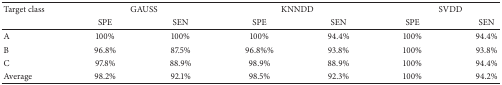
<table><thead><tr><td><b>Target class</b></td><td colspan="2"><b>GAUSS</b></td><td colspan="2"><b>KNNDD</b></td><td colspan="2"><b>SVDD</b></td></tr><tr><td><b> </b></td><td><b>SPE</b></td><td><b>SEN</b></td><td><b>SPE</b></td><td><b>SEN</b></td><td><b>SPE</b></td><td><b>SEN</b></td></tr></thead><tbody><tr><td>A</td><td>100%</td><td>100%</td><td>100%</td><td>94.4%</td><td>100%</td><td>94.4%</td></tr><tr><td>B</td><td>96.8%</td><td>87.5%</td><td>96.8%%</td><td>93.8%</td><td>100%</td><td>93.8%</td></tr><tr><td>C</td><td>97.8%</td><td>88.9%</td><td>98.9%</td><td>88.9%</td><td>100%</td><td>94.4%</td></tr><tr><td>Average</td><td>98.2%</td><td>92.1%</td><td>98.5%</td><td>92.3%</td><td>100%</td><td>94.2%</td></tr></tbody></table>